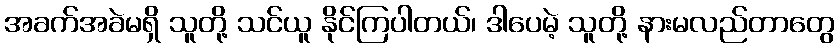
အခက်အခဲမရှိ သူတို့ သင်ယူ နိုင်ကြပါတယ်၊ ဒါပေမဲ့ သူတို့ နားမလည်တာတွေ